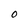
Character: 0